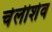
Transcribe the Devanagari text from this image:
चेलीशेव